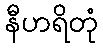
နီဟရိတုံ